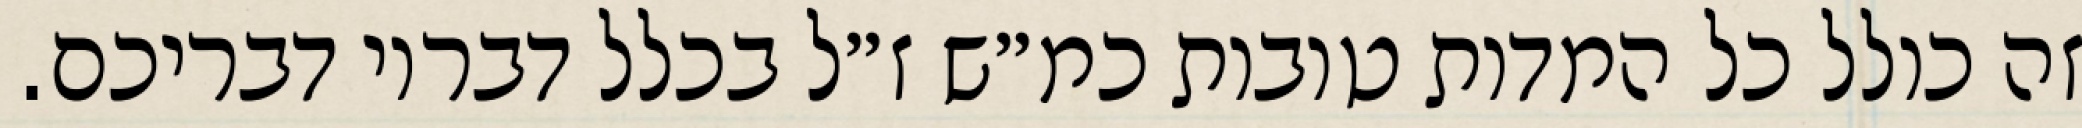
זה כולל כל המדות טובות כמ״ש ז״ל בכלל דבריו דבריכם.